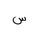
Letter: _sin